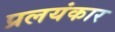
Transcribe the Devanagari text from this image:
प्रलयंकार